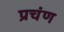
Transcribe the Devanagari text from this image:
प्रचंण